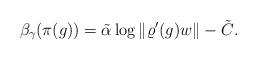
LaTeX: \begin{align*} \beta_\gamma(\pi(g))= \tilde\alpha \log \|\varrho'(g)w\| - \tilde{C}.\end{align*}